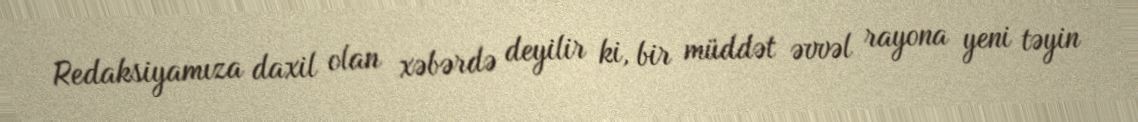
Redaksiyamıza daxil olan xəbərdə deyilir ki, bir müddət əvvəl rayona yeni təyin